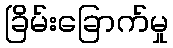
ခြိမ်းခြောက်မှု